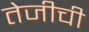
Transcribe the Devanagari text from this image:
तेजीची